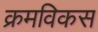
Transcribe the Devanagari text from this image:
क्रमविकस